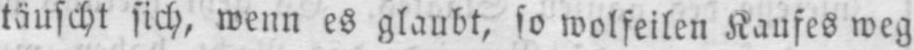
täuscht sich, wenn es glaubt, so wolfeilen Kaufes weg